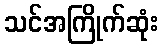
သင်အကြိုက်ဆုံး